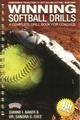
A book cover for Winning Softball Drills: A Complete Drill Book for Coaches; Dianne I. Baker; Sports & Outdoors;